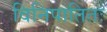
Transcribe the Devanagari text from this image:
विनिपातितः